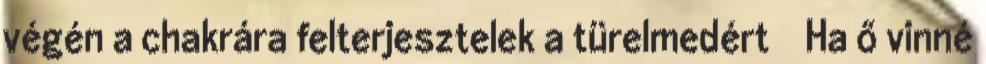
végén a chakrára felterjesztelek a türelmedért Ha ő vinné